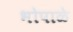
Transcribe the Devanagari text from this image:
भोपाळे